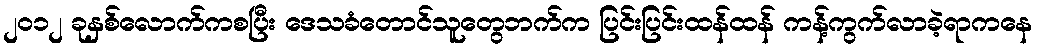
၂၀၁၂ ခုနှစ်လောက်ကစပြီး ဒေသခံတောင်သူတွေဘက်က ပြင်းပြင်းထန်ထန် ကန့်ကွက်လာခဲ့ရာကနေ